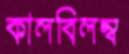
কালবিলম্ব